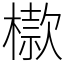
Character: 㯘